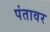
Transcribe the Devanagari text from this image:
पंतावर